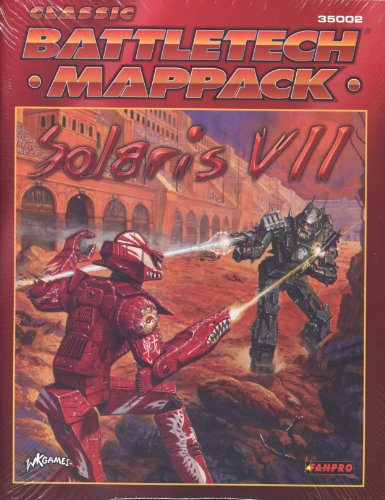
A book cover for Classic Battletech: Mappack Solaris VII (FPR35002); FanPro; Science Fiction & Fantasy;